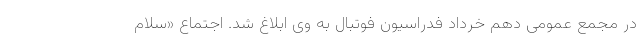
در مجمع عمومی دهم خرداد فدراسیون فوتبال به وی ابلاغ شد. اجتماع «سلام